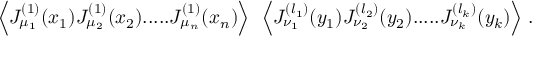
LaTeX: \Big \langle J _ { \mu _ { 1 } } ^ { ( 1 ) } ( x _ { 1 } ) J _ { \mu _ { 2 } } ^ { ( 1 ) } ( x _ { 2 } ) . . . . . J _ { \mu _ { n } } ^ { ( 1 ) } ( x _ { n } ) \Big \rangle \; \; \Big \langle J _ { \nu _ { 1 } } ^ { ( l _ { 1 } ) } ( y _ { 1 } ) J _ { \nu _ { 2 } } ^ { ( l _ { 2 } ) } ( y _ { 2 } ) . . . . . J _ { \nu _ { k } } ^ { ( l _ { k } ) } ( y _ { k } ) \Big \rangle \; .